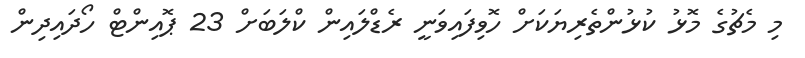
މި މެޗުގެ މޮޅު ކުޅުންތެރިޔަކަށް ހޮވިފައިވަނީ ރެޑްލައިން ކްލަބަށް 23 ޕޮއިންޓް ހޯދައިދިން